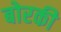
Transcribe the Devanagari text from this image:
बोरकी